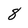
Character: 8